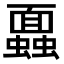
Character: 蠠